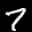
Label: 7